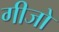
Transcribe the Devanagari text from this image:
गीजो